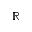
\mathbb { R }